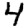
Digit: 4